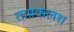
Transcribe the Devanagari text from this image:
ताम्रकलश